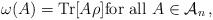
LaTeX: \begin{align*}\omega(A) = {\rm Tr}[A \rho] \mbox{for all } A \in \mathcal{A}_n \, ,\end{align*}